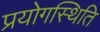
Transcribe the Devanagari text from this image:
प्रयोगस्थिति